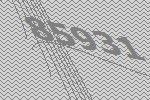
85931